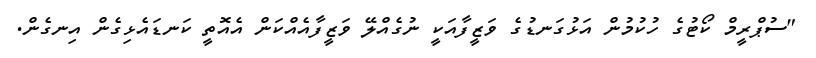
"ސުޕްރީމް ކޯޓުގެ ހުކުމުން އަޅުގަނޑުގެ ވަޒީފާއަކީ ނުގެއްލޭ ވަޒީފާއެއްކަން އެއޮތީ ކަނޑައެޅިގެން އިނގެން.